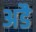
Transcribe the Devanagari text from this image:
अडै